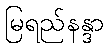
မြရည်နန္ဒာ